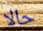
حالا